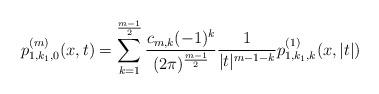
LaTeX: \begin{align*}p^{(m)}_{1,k_1,0}(x,t)&= \sum_{k=1}^{\frac{m-1}{2}}\frac{c_{m,k}(-1)^k}{(2\pi)^{\frac{m-1}{2}}} \frac{1}{|t|^{m-1-k}} p^{(1)}_{1,k_1,k}(x,|t|)\end{align*}